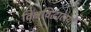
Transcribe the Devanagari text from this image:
विश्वविद्धालयों